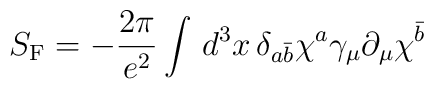
S_{\rm F}=-\frac{2\pi}{e^{2}}\int\,d^{3}x \, \delta_{a\bar{b}}\chi^{a}\gamma_{\mu}\partial_{\mu}\chi^{\bar{b}}